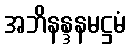
အဘိနန္ဒနမဋ္ဌမံ